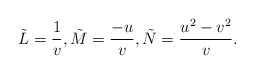
\begin{align*}\tilde{L}=\frac{1}{v},\tilde{M}=\frac{-u}{v},\tilde{N}=\frac{u^2-v^2}{v}.\end{align*}